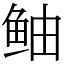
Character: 鲉